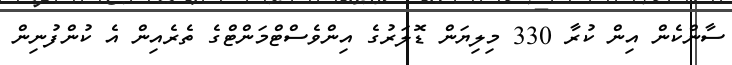
ސާންކެން އިން ކުރާ 330 މިލިޔަން ޑޮލަރުގެ އިންވެސްޓްމަންޓްގެ ތެރެއިން އެ ކުންފުނިން